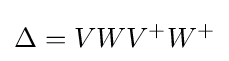
\Delta =VWV^{+}W^{+}